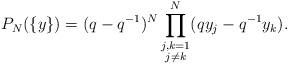
LaTeX: \begin{align*}P_N(\{y\}) = (q-q^{-1})^N\prod_{\substack{j,k=1\\j\neq k}}^N (qy_j-q^{-1}y_k).\end{align*}